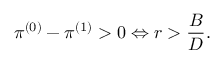
\pi ^ { ( 0 ) } - \pi ^ { ( 1 ) } > 0 \Leftrightarrow r > \frac { B } { D } .